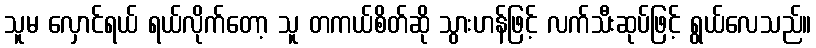
သူမ လှောင်ရယ် ရယ်လိုက်တော့ သူ တကယ်စိတ်ဆို သွားဟန်ဖြင့် လက်သီးဆုပ်ဖြင့် ရွယ်လေသည်။